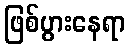
ဖြစ်ပွားနေရာ